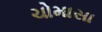
ચોમાસા